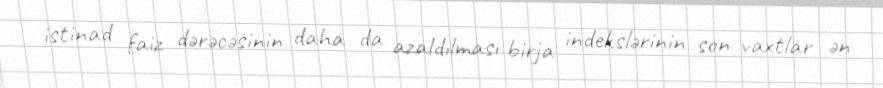
istinad faiz dərəcəsinin daha da azaldılması birja indekslərinin son vaxtlar ən